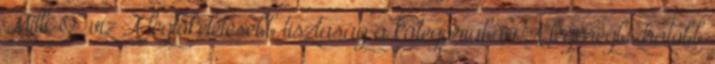
Milli-Q® víz A legtökéletesebb tisztaság a kategóriában A legmegbízhatóbb